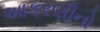
આકરણીનો